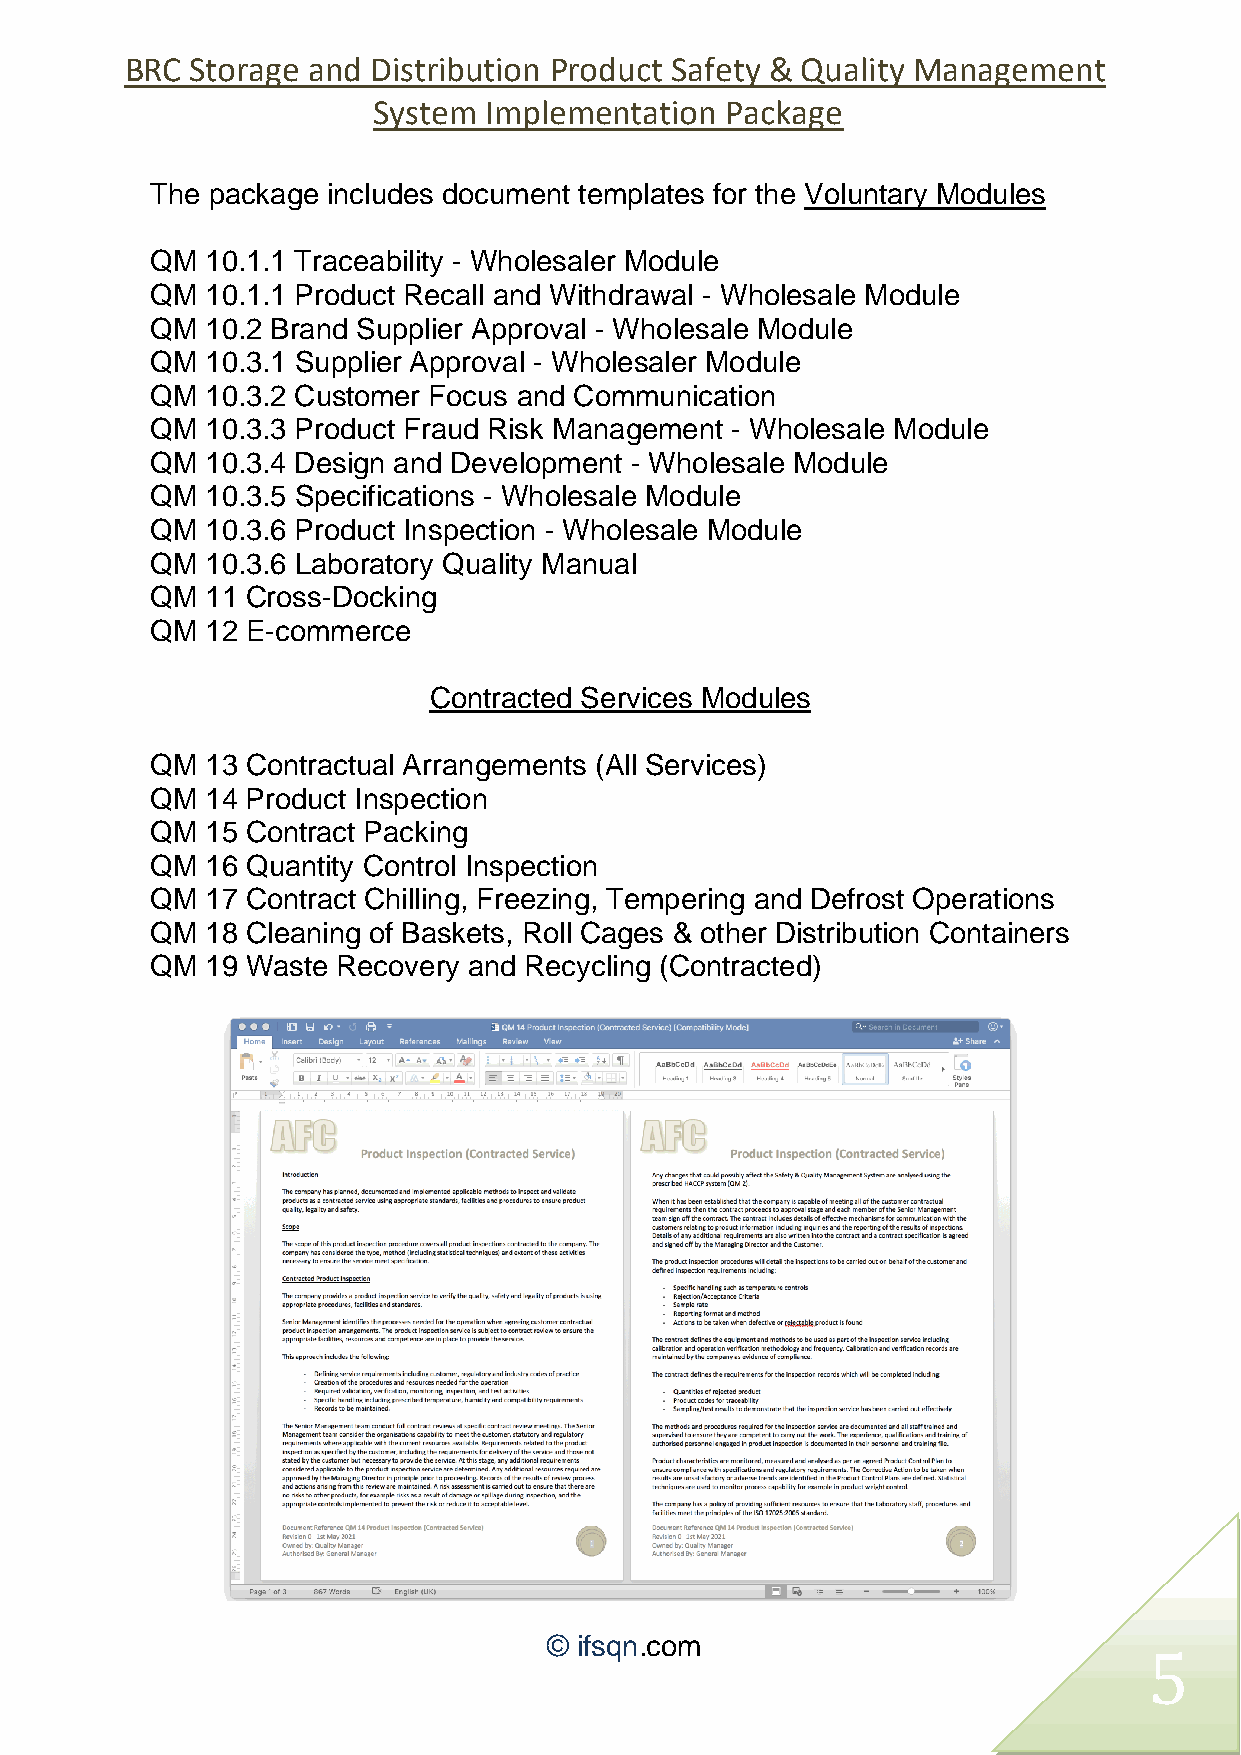
BRC  Storage and Distribution Product Safety & Quality Management
 System Implementation  Package
 The package includes document templates for the Voluntary Modules
 QM  10.1.1 Traceability - Wholesaler Module
 QM  10.1.1 Product Recall and Withdrawal - Wholesale Module
 QM  10.2 Brand Supplier Approval - Wholesale Module
 QM  10.3.1 Supplier Approval - Wholesaler Module
 QM  10.3.2 Customer Focus and Communication
 QM  10.3.3 Product Fraud Risk Management - Wholesale Module
 QM  10.3.4 Design and Development - Wholesale Module
 QM  10.3.5 Specifications - Wholesale Module
 QM  10.3.6 Product Inspection - Wholesale Module
 QM  10.3.6 Laboratory Quality Manual
 QM  11 Cross-Docking
 QM  12 E-commerce
 Contracted Services Modules
 QM  13 Contractual Arrangements (All Services)
 QM  14 Product Inspection
 QM  15 Contract Packing
 QM  16 Quantity Control Inspection
 QM  17 Contract Chilling, Freezing, Tempering and Defrost Operations
 QM  18 Cleaning of Baskets, Roll Cages & other Distribution Containers
 QM  19 Waste Recovery and Recycling (Contracted)
 © ifsqn.com
 5